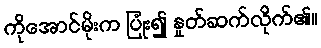
ကိုအောင်မိုးက ပြုံး၍ နှုတ်ဆက်လိုက်၏။